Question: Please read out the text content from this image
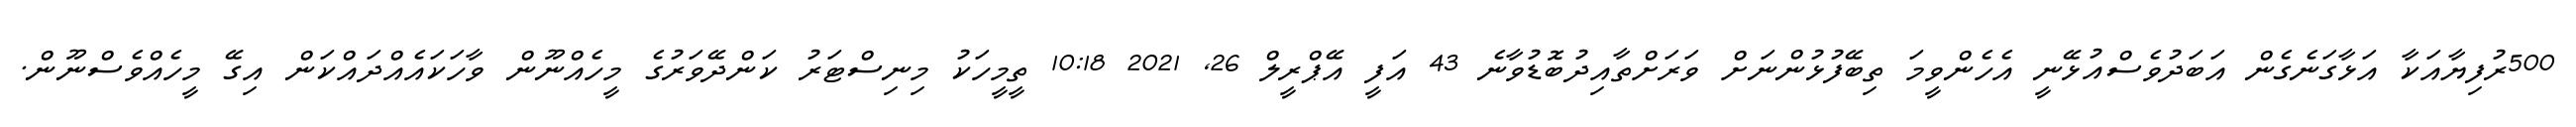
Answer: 500ރުފިޔާއަކާ އަޅާގަނެގެން އަބަދުވެސްއުޅޭނީ އެހެންވީމަ ތިބޭފުޅުންނަށް ވަރަށްތާއިދުބޮޑުވާނެ 43 އަފީ އޭޕްރީލް 26, 2021 10:18 ތީމީހަކު މިނިސްޓަރު ކަންދޭވަރުގެ މީހެއްނޫން ވާހަކައެއްދައްކަން އިގޭ މީހެއްވެސްނޫން.